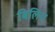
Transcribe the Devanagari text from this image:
बिलिना